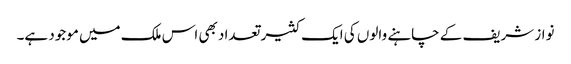
نواز شریف کے چاہنے والوں کی ایک کثیر تعداد بھی اس ملک میں موجود ہے۔